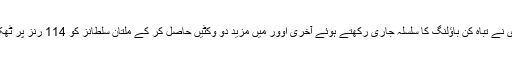
شاہین آفریدی نے تباہ کن باؤلنگ کا سلسلہ جاری رکھتے ہوئے آخری اوور میں مزید دو وکٹیں حاصل کر کے ملتان سلطانز کو 114 رنز پر ٹھکانے لگا دیا۔